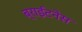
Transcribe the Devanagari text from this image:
ब्राईटनेस